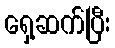
ရှေ့ဆက်ပြီး